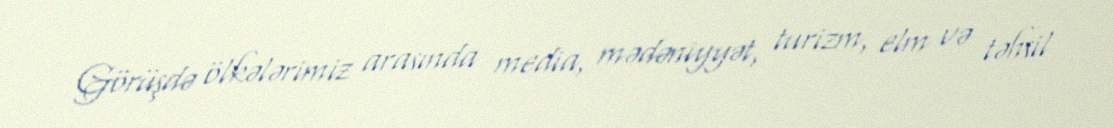
Görüşdə ölkələrimiz arasında media, mədəniyyət, turizm, elm və təhsil